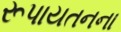
રૂપાયતનના